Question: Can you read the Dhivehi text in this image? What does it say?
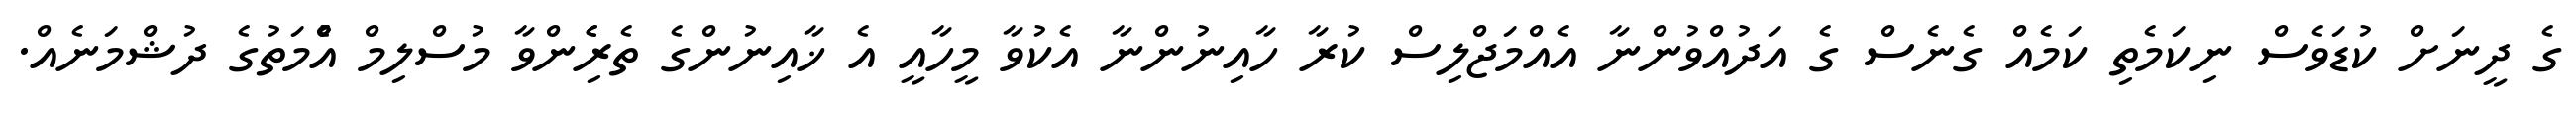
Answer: ގެ ދީނަށް ކުޑަވެސް ނިކަމެތި ކަމެއް ގެނެސް ގެ އަދުއްވުންނާ އެއްމަޖްލިސް ކުރާ ހާއިނުންނާ އެކުވާ މީހާއީ އެ ޚާއިނުންގެ ތެރެެިންވާ މުސްލިމް އުެްމަތުގެ ދުޝްމަނެއް.